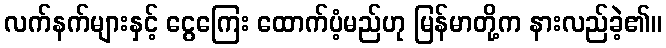
လက်နက်များနှင့် ငွေကြေး ထောက်ပံ့မည်ဟု မြန်မာတို့က နားလည်ခဲ့၏။